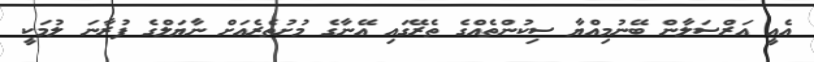
އެއީ އަރްސަލާން ބޭނުމިއްޔާ ސިކުންތެއްގެ ތެރޭގައި އޭނާގެ މުށުތެރެއަށް ނާޔަލްގެ ފުރާނަ ލުމަކީ